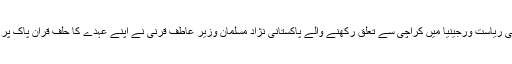
امریکی ریاست ورجینیا میں کراچی سے تعلق رکھنے والے پاکستانی نژاد مسلمان وزیر عاطف قرنی نے اپنے عہدے کا حلف قرآن پاک پر اٹھایا۔